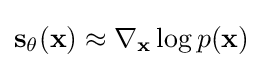
\mathbf {s} _{\theta }(\mathbf {x} )\approx \nabla _{\mathbf {x} }\log p(\mathbf {x} )